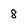
Character: 8